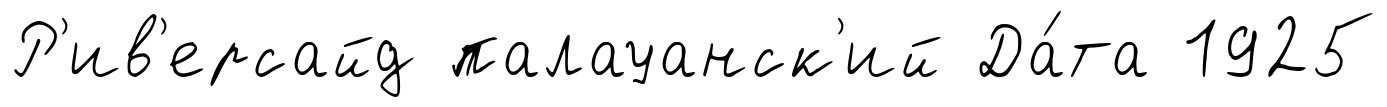
Р'ив'ерсайд палауанск'ий Да́та 1925